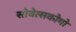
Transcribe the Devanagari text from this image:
सोवेत्सकोगो